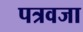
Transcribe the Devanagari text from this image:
पत्रवजा